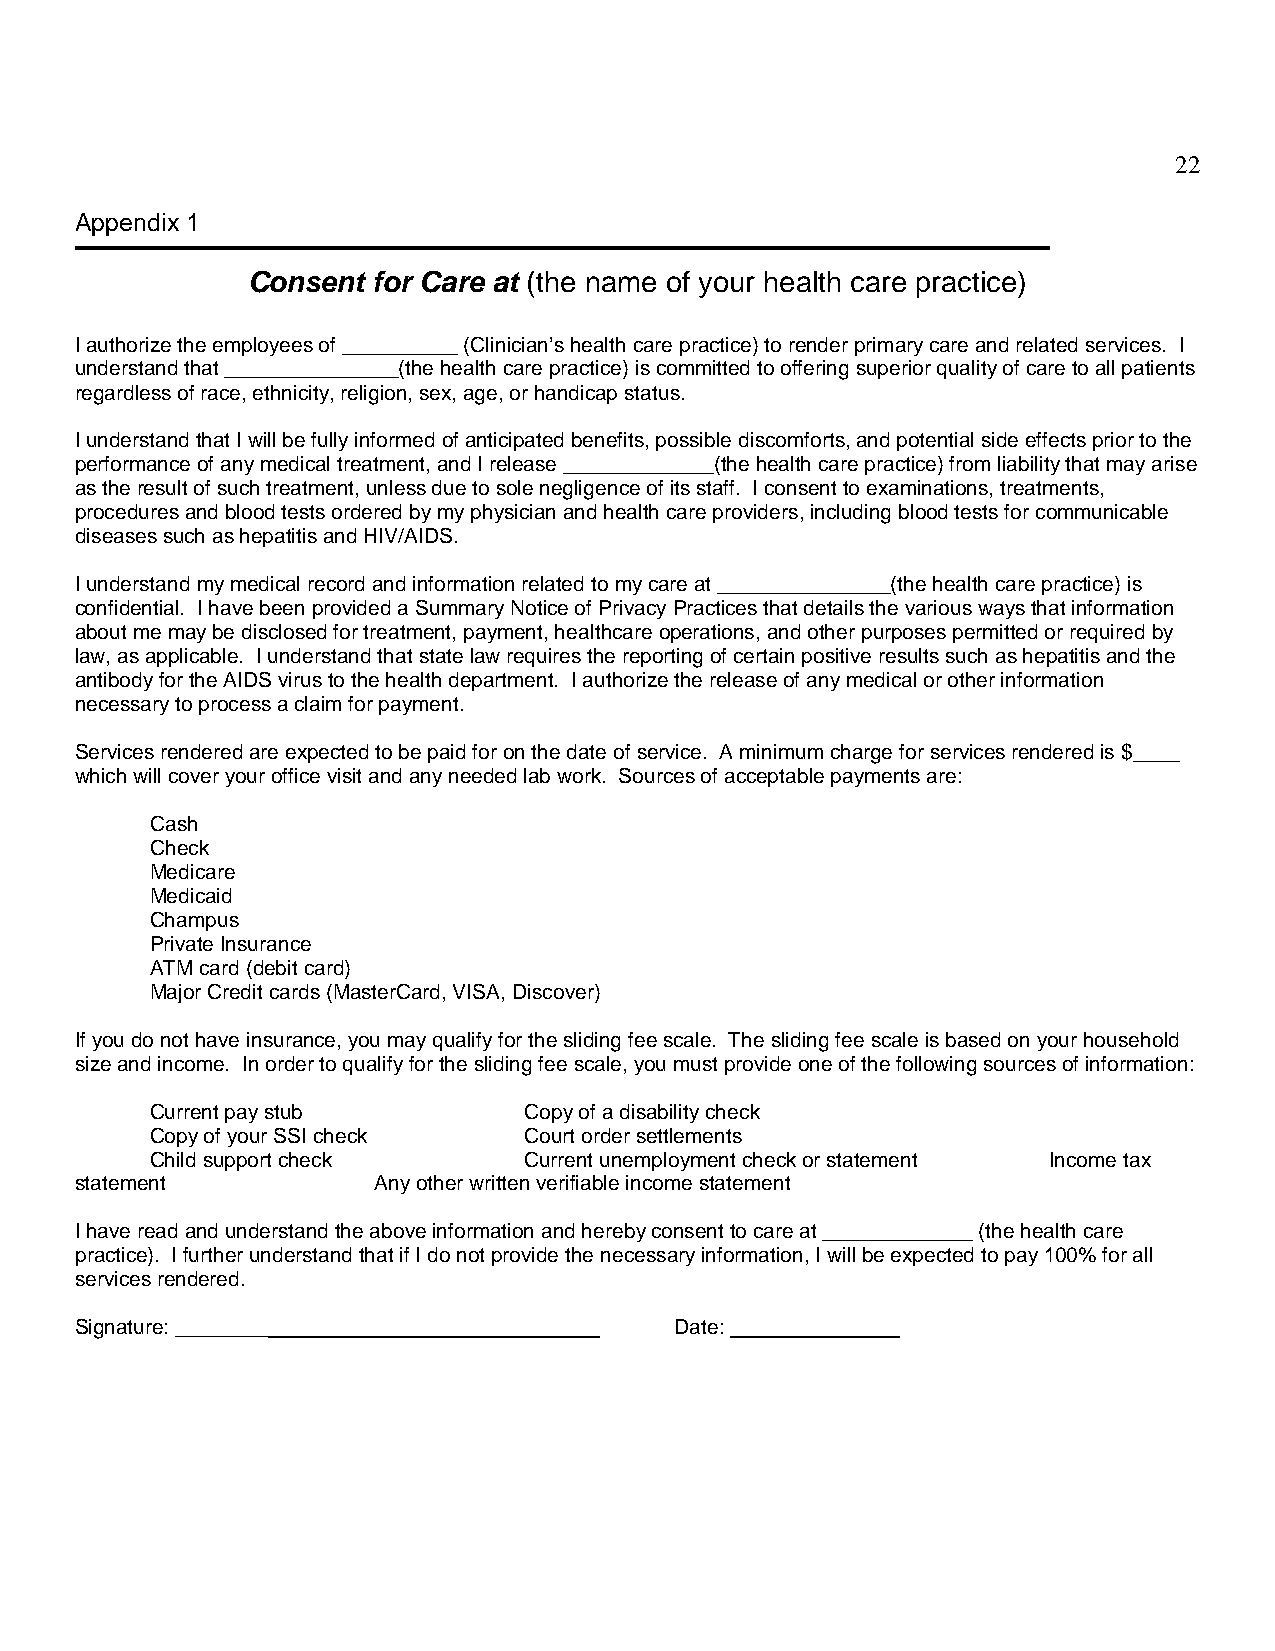
22
 Appendix 1
 Consent  for Care at (the name of your health care practice)
 I authorize the employees of __________ (Clinician’s health care practice) to render primary care and related services. I
 understand that _______________(the health care practice) is committed to offering superior quality of care to all patients
 regardless of race, ethnicity, religion, sex, age, or handicap status.
 I understand that I will be fully informed of anticipated benefits, possible discomforts, and potential side effects prior to the
 performance of any medical treatment, and I release _____________(the health care practice) from liability that may arise
 as the result of such treatment, unless due to sole negligence of its staff. I consent to examinations, treatments,
 procedures and blood tests ordered by my physician and health care providers, including blood tests for communicable
 diseases such as hepatitis and HIV/AIDS.
 I understand my medical record and information related to my care at _______________(the health care practice) is
 confidential. I have been provided a Summary Notice of Privacy Practices that details the various ways that information
 about me may be disclosed for treatment, payment, healthcare operations, and other purposes permitted or required by
 law, as applicable. I understand that state law requires the reporting of certain positive results such as hepatitis and the
 antibody for the AIDS virus to the health department. I authorize the release of any medical or other information
 necessary to process a claim for payment.
 Services rendered are expected to be paid for on the date of service. A minimum charge for services rendered is $____
 which will cover your office visit and any needed lab work. Sources of acceptable payments are:
 Cash
 Check
 Medicare
 Medicaid
 Champus
 Private Insurance
 ATM card (debit card)
 Major Credit cards (MasterCard, VISA, Discover)
 If you do not have insurance, you may qualify for the sliding fee scale. The sliding fee scale is based on your household
 size and income. In order to qualify for the sliding fee scale, you must provide one of the following sources of information:
 Current pay stub         Copy of a disability check
 Copy of your SSI check   Court order settlements
 Child support check      Current unemployment check or statement Income tax
 statement           Any other written verifiable income statement
 I have read and understand the above information and hereby consent to care at _____________ (the health care
 practice). I further understand that if I do not provide the necessary information, I will be expected to pay 100% for all
 services rendered.
 Signature: ________                     Date: